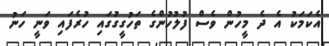
އެކަމަކު އެ ދެ މީހުން ވެސް ފުލުހުންގެ ތަހުގީގުގައި ހުރެފައި ވަނީ ހަނު